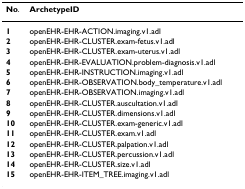
<table><thead><tr><td><b>No.</b></td><td><b>ArchetypeID</b></td></tr></thead><tbody><tr><td><b>1</b></td><td>openEHR-EHR-ACTION.imaging.v1.adl</td></tr><tr><td><b>2</b></td><td>openEHR-EHR-CLUSTER.exam-fetus.v1.adl</td></tr><tr><td><b>3</b></td><td>openEHR-EHR-CLUSTER.exam-uterus.v1.adl</td></tr><tr><td><b>4</b></td><td>openEHR-EHR-EVALUATION.problem-diagnosis.v1.adl</td></tr><tr><td><b>5</b></td><td>openEHR-EHR-INSTRUCTION.imaging.v1.adl</td></tr><tr><td><b>6</b></td><td>openEHR-EHR-OBSERVATION.body_temperature.v1.adl</td></tr><tr><td><b>7</b></td><td>openEHR-EHR-OBSERVATION.imaging.v1.adl</td></tr><tr><td><b>8</b></td><td>openEHR-EHR-CLUSTER.auscultation.v1.adl</td></tr><tr><td><b>9</b></td><td>openEHR-EHR-CLUSTER.dimensions.v1.adl</td></tr><tr><td><b>10</b></td><td>openEHR-EHR-CLUSTER.exam-generic.v1.adl</td></tr><tr><td><b>11</b></td><td>openEHR-EHR-CLUSTER.exam.v1.adl</td></tr><tr><td><b>12</b></td><td>openEHR-EHR-CLUSTER.palpation.v1.adl</td></tr><tr><td><b>13</b></td><td>openEHR-EHR-CLUSTER.percussion.v1.adl</td></tr><tr><td><b>14</b></td><td>openEHR-EHR-CLUSTER.size.v1.adl</td></tr><tr><td><b>15</b></td><td>openEHR-EHR-ITEM_TREE.imaging.v1.adl</td></tr></tbody></table>